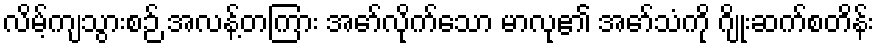
လိမ့်ကျသွားစဉ် အလန့်တကြား အော်လိုက်သော မာလု၏ အော်သံကို ဂျိုးဆက်စတိန်း